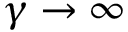
\gamma \to \infty